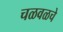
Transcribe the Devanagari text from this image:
चळवळचे